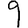
Digit: 9